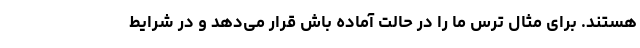
هستند. برای مثال ترس ما را در حالت آماده باش قرار می‌دهد و در شرایط